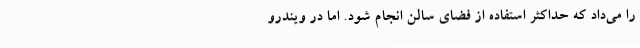
را می‌داد که حداکثر استفاده از فضای سالن انجام شود. اما در ویندرو